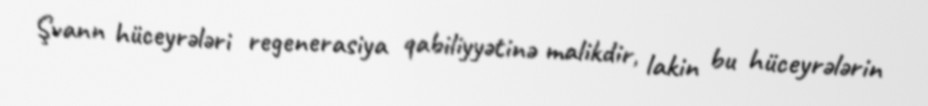
Şvann hüceyrələri regenerasiya qabiliyyətinə malikdir, lakin bu hüceyrələrin